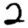
Digit: 2